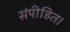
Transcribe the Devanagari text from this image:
संपीडित।